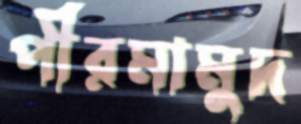
পীরমামুদ